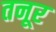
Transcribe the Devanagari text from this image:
तनूर